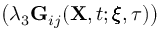
\big ( \lambda _ { 3 } \mathbf { G } _ { i j } ( \mathbf { X } , t ; \pmb { \xi } , \tau ) \big )